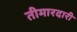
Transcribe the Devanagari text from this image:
तीमारदारी